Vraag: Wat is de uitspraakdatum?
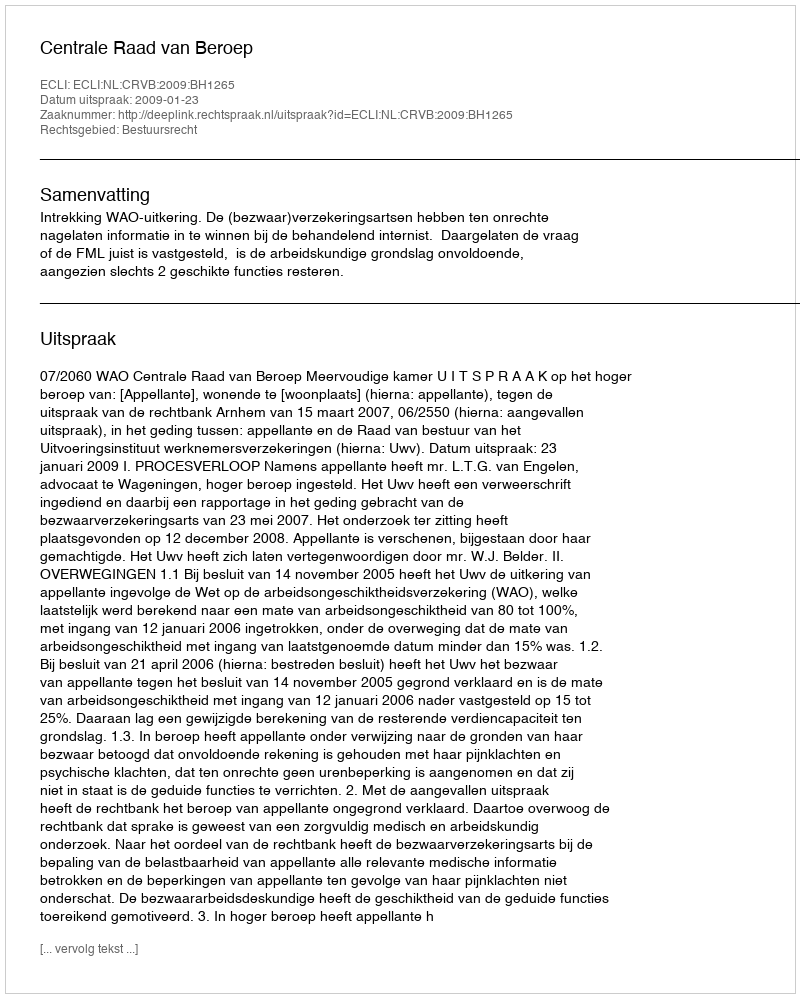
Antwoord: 2009-01-23